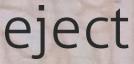
eject